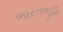
ભારતભૂમિ